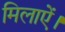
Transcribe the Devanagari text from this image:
मिलाऐं।